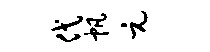
代帆元